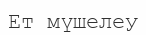
Ет мүшелеу